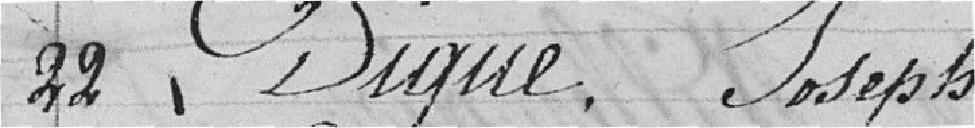
22 Digue, Joseph